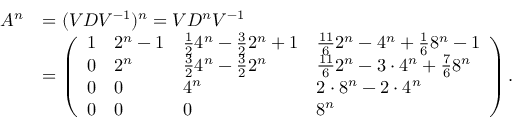
\begin{array} { r l } { A ^ { n } } & { = ( V D V ^ { - 1 } ) ^ { n } = V D ^ { n } V ^ { - 1 } } \\ & { = \left( \begin{array} { l l l l } { 1 } & { 2 ^ { n } - 1 } & { \frac { 1 } { 2 } 4 ^ { n } - \frac { 3 } { 2 } 2 ^ { n } + 1 } & { \frac { 1 1 } { 6 } 2 ^ { n } - 4 ^ { n } + \frac { 1 } { 6 } 8 ^ { n } - 1 } \\ { 0 } & { 2 ^ { n } } & { \frac { 3 } { 2 } 4 ^ { n } - \frac { 3 } { 2 } 2 ^ { n } } & { \frac { 1 1 } { 6 } 2 ^ { n } - 3 \cdot 4 ^ { n } + \frac { 7 } { 6 } 8 ^ { n } } \\ { 0 } & { 0 } & { 4 ^ { n } } & { 2 \cdot 8 ^ { n } - 2 \cdot 4 ^ { n } } \\ { 0 } & { 0 } & { 0 } & { 8 ^ { n } } \end{array} \right) . } \end{array}